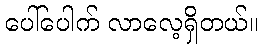
ပေါ်ပေါက် လာလေ့ရှိတယ်။